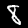
Label: 8